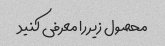
محصول زیر را معرفی کنید